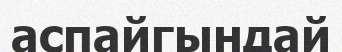
аспайгындай